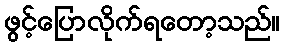
ဖွင့်ပြောလိုက်ရတော့သည်။